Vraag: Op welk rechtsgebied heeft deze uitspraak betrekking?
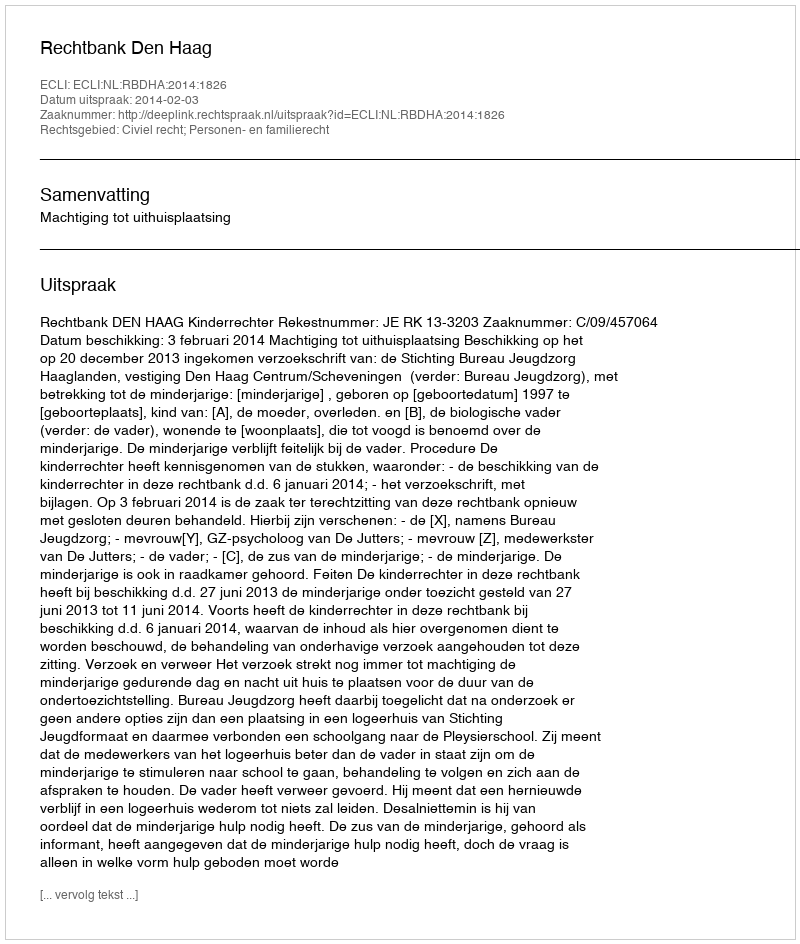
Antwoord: Civiel recht; Personen- en familierecht